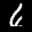
Label: 6